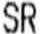
SR